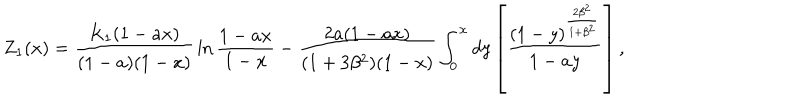
{ Z } _ { 1 } ( x ) = { \frac { K _ { 1 } ( 1 - a x ) } { ( 1 - a ) ( 1 - x ) } } \ln { \frac { 1 - a x } { 1 - x } } - { \frac { 2 a ( 1 - a x ) } { ( 1 + 3 \beta ^ { 2 } ) ( 1 - x ) } } \int _ { 0 } ^ { x } d y \left[ { \frac { ( 1 - y ) ^ { \frac { 2 \beta ^ { 2 } } { 1 + \beta ^ { 2 } } } } { 1 - a y } } \right] ,